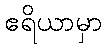
ဧရိယာမှာ